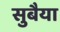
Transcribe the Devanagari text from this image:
सुबैया